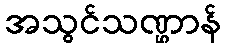
အသွင်သဏ္ဌာန်